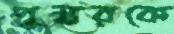
পুস্করকে